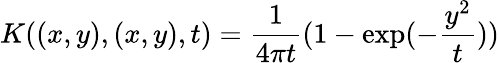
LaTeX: K((x,y),(x,y),t)={\frac{1}{4\pi t}}(1-\exp(-{\frac{y^{2}}{t}}))